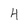
Character: 4